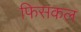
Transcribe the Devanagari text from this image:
फिसकल